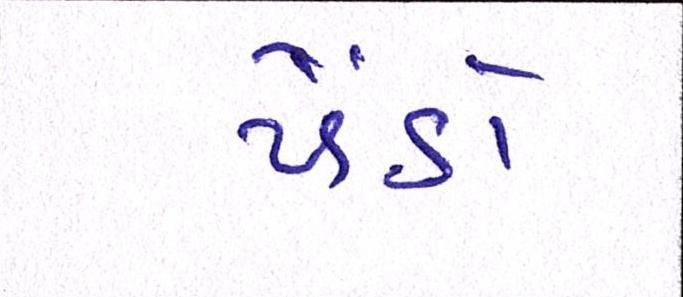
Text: પેંડો